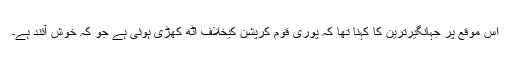
اس موقع پر جہانگیرترین کا کہنا تھا کہ پوری قوم کرپشن کیخلاف اٹھ کھڑی ہوئی ہے جو کہ خوش آئند ہے۔